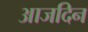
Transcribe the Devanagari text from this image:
आजदिन